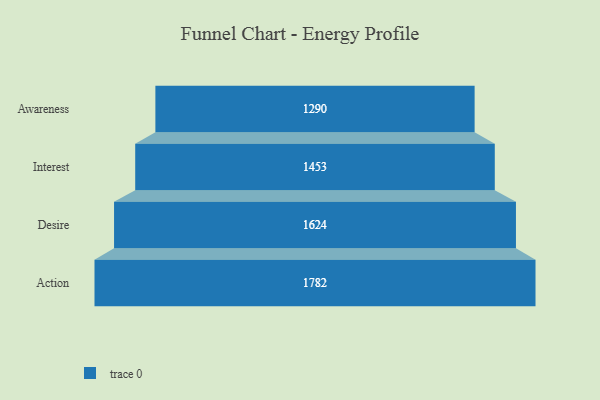
{"axis": {"x": "Stage", "y": "Value"}, "legend": [""], "data": [{"x": "Awareness", "y": 1290.0, "type": ""}, {"x": "Interest", "y": 1453.0, "type": ""}, {"x": "Desire", "y": 1624.0, "type": ""}, {"x": "Action", "y": 1782.0, "type": ""}]}